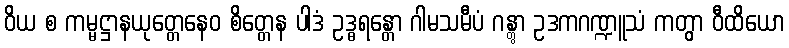
ဝိယ စ ကမ္မဋ္ဌာနယုတ္တေနေဝ စိတ္တေန ပါဒံ ဥဒ္ဓရန္တော ဂါမသမီပံ ဂန္တွာ ဥဒကဂဏ္ဍူသံ ကတွာ ဝီထိယော